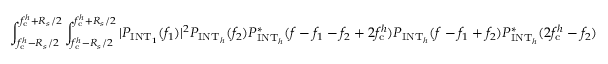
\int _ { f _ { \mathrm { c } } ^ { h } - R _ { s } / 2 } ^ { f _ { \mathrm { c } } ^ { h } + R _ { s } / 2 } \int _ { f _ { \mathrm { c } } ^ { h } - R _ { s } / 2 } ^ { f _ { \mathrm { c } } ^ { h } + R _ { s } / 2 } | P _ { \mathrm { I N T } _ { 1 } } ( f _ { 1 } ) | ^ { 2 } P _ { \mathrm { I N T } _ { h } } ( f _ { 2 } ) P _ { \mathrm { I N T } _ { h } } ^ { \ast } ( f - f _ { 1 } - f _ { 2 } + 2 f _ { \mathrm { c } } ^ { h } ) P _ { \mathrm { I N T } _ { h } } ( f - f _ { 1 } + f _ { 2 } ) P _ { \mathrm { I N T } _ { h } } ^ { \ast } ( 2 f _ { \mathrm { c } } ^ { h } - f _ { 2 } )